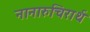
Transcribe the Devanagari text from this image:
नानारुचिरार्थ